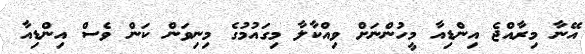
އޭނާ މިރާއްޖެ އިންޑިއާ މީހުންނަށް ވިއްކާލާ މިގައުމުގެ މިނިވަން ކަން ވެސް އިންޑިއާ